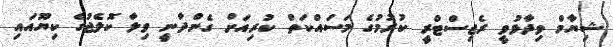
ޝިޔާމް ވިދާޅުވީ ރެޖިސްޓްރީ ކުރުމުގެ މަސައްކަތް ކުރިއަށް ގެންދާނީ ވިލާ ކޮލެޖުގެ ކިޔޫއައި